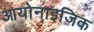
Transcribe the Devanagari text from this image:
आयोनाइजिक